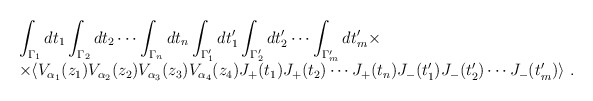
\begin{align*}\begin{array}{rcl}& &\displaystyle\int_{\Gamma_1}dt_1\int_{\Gamma_2}dt_2\cdots\int_{\Gamma_n}dt_n \int_{\Gamma'_1} dt'_1 \int_{\Gamma'_2} dt'_2\cdots \int_{\Gamma'_m} dt'_m\times\\& &\times\langle V_{\alpha_1}(z_1)V_{\alpha_2}(z_2)V_{\alpha_3}(z_3)V_{\alpha_4}(z_4)J_+(t_1) J_+(t_2)\cdots J_+(t_n)J_-(t'_1) J_-(t'_2)\cdots J_-(t'_m) \rangle~.\end{array}\end{align*}